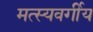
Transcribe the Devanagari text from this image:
मत्स्यवर्गीय